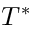
T ^ { * }